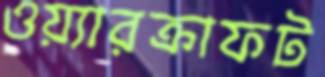
ওয়্যারক্রাফট